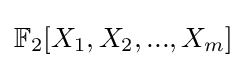
{\textstyle {\mathbb {F} }_{2}[X_{1},X_{2},...,X_{m}]}